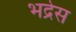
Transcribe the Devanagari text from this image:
भद्रेस